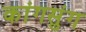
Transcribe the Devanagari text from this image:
कांगसुंग